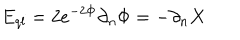
E _ { q l } = 2 e ^ { - 2 \Phi } \partial _ { n } \Phi = - \partial _ { n } X \,